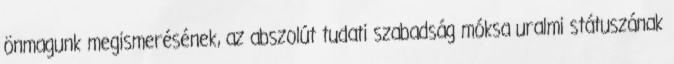
önmagunk megismerésének, az abszolút tudati szabadság móksa uralmi státuszának